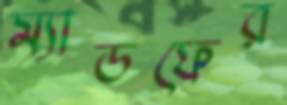
ম্যাডফের